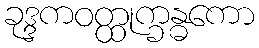
ခုဒ္ဒကဝတ္ထုက္ခန္ဓကော